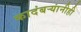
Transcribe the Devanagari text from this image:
कादंबर्‍यांनीही